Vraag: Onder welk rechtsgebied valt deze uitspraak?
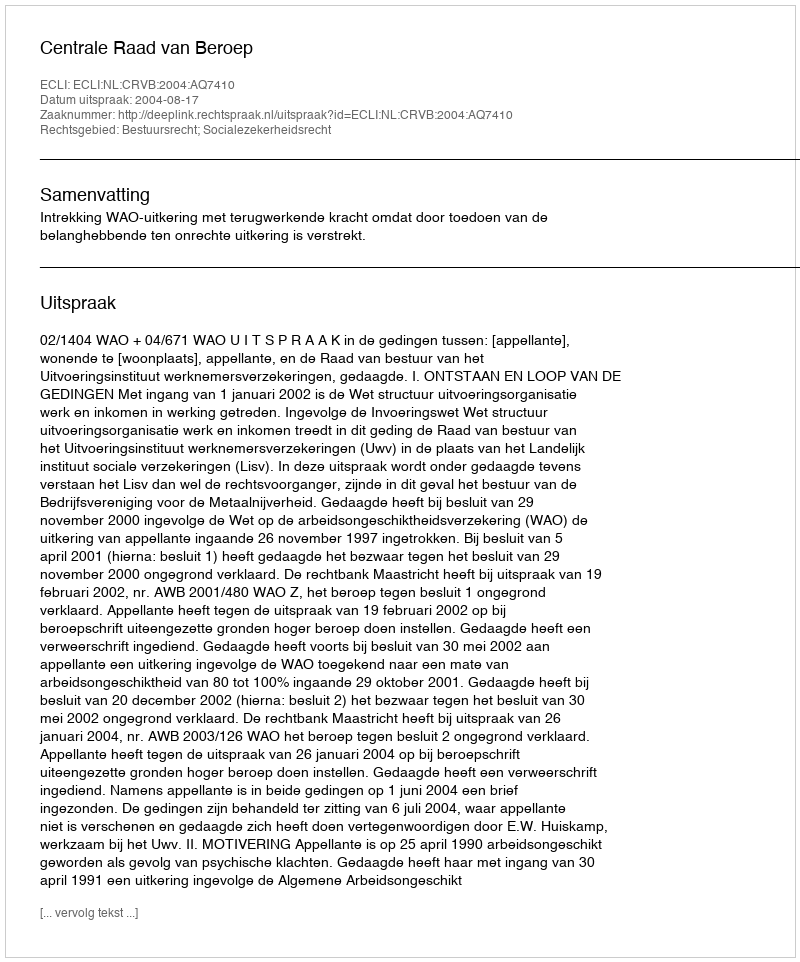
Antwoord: Bestuursrecht; Socialezekerheidsrecht